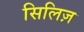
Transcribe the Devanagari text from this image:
सिलिज़